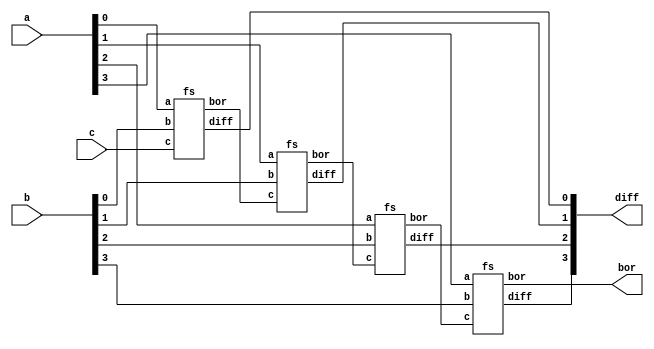
`timescale 1ns / 1ps

module ripplesub(output [3:0] diff,output bor,input [3:0] a,b,input c);
    wire [2:0] d;
    fs a1(diff[0], d[0], a[0], b[0], c);
    fs a2(diff[1], d[1], a[1], b[1], d[0]);
    fs a3(diff[2], d[2], a[2], b[2], d[1]);
    fs a4(diff[3], bor, a[3], b[3], d[2]);
endmodule

module fs(output diff,bor,input a,b,c);
wire na,d1,nd1,b1,b2;
xor a1(d1,a,b);
xor a2(diff,d1,c);
not n1(na,a);
not n2(nd1,d1);
and a3(b1,na,b);
and a4(b2,nd1,c);
or a5(bor,b1,b2);
endmodule